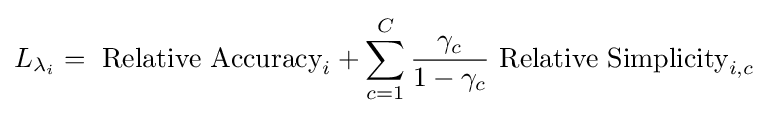
L_{\lambda _{i}}={\mbox{ Relative Accuracy}}_{i}+\sum _{c=1}^{C}{\frac {\gamma _{c}}{1-\gamma _{c}}}{\mbox{ Relative Simplicity}}_{i,c}